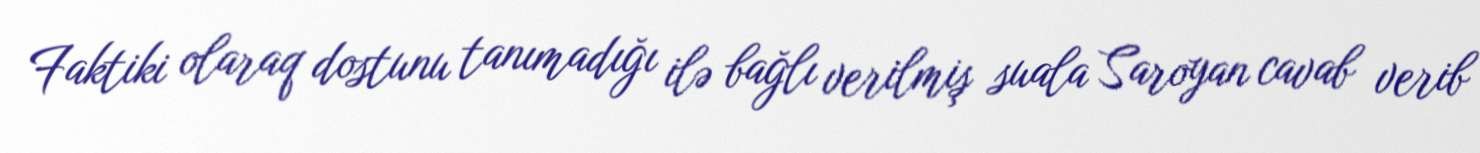
Faktiki olaraq dostunu tanımadığı ilə bağlı verilmiş suala Saroyan cavab verib